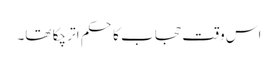
اس وقت حجاب کا حکم اتر چکا تھا۔